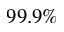
9 9 . 9 \%